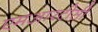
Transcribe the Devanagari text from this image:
एमआरटीसी